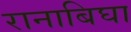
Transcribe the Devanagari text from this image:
रानाबिघा